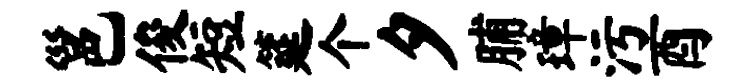
邕俊短筵个夕脯璋污酉